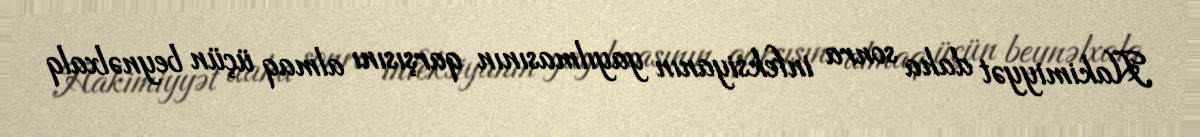
Hakimiyyət daha sonra infeksiyanın yayılmasının qarşısını almaq üçün beynəlxalq